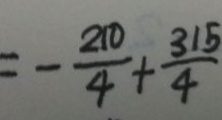
= - \frac { 2 1 0 } { 4 } + \frac { 3 1 5 } { 4 }